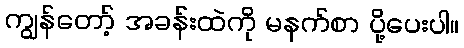
ကျွန်တော့် အခန်းထဲကို မနက်စာ ပို့ပေးပါ။